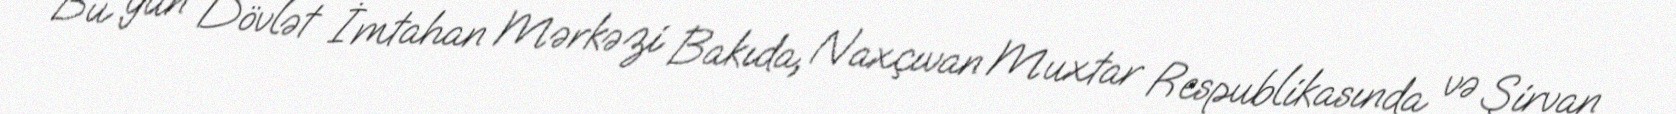
Bu gün Dövlət İmtahan Mərkəzi Bakıda, Naxçıvan Muxtar Respublikasında və Şirvan